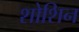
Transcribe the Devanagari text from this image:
शोशिन